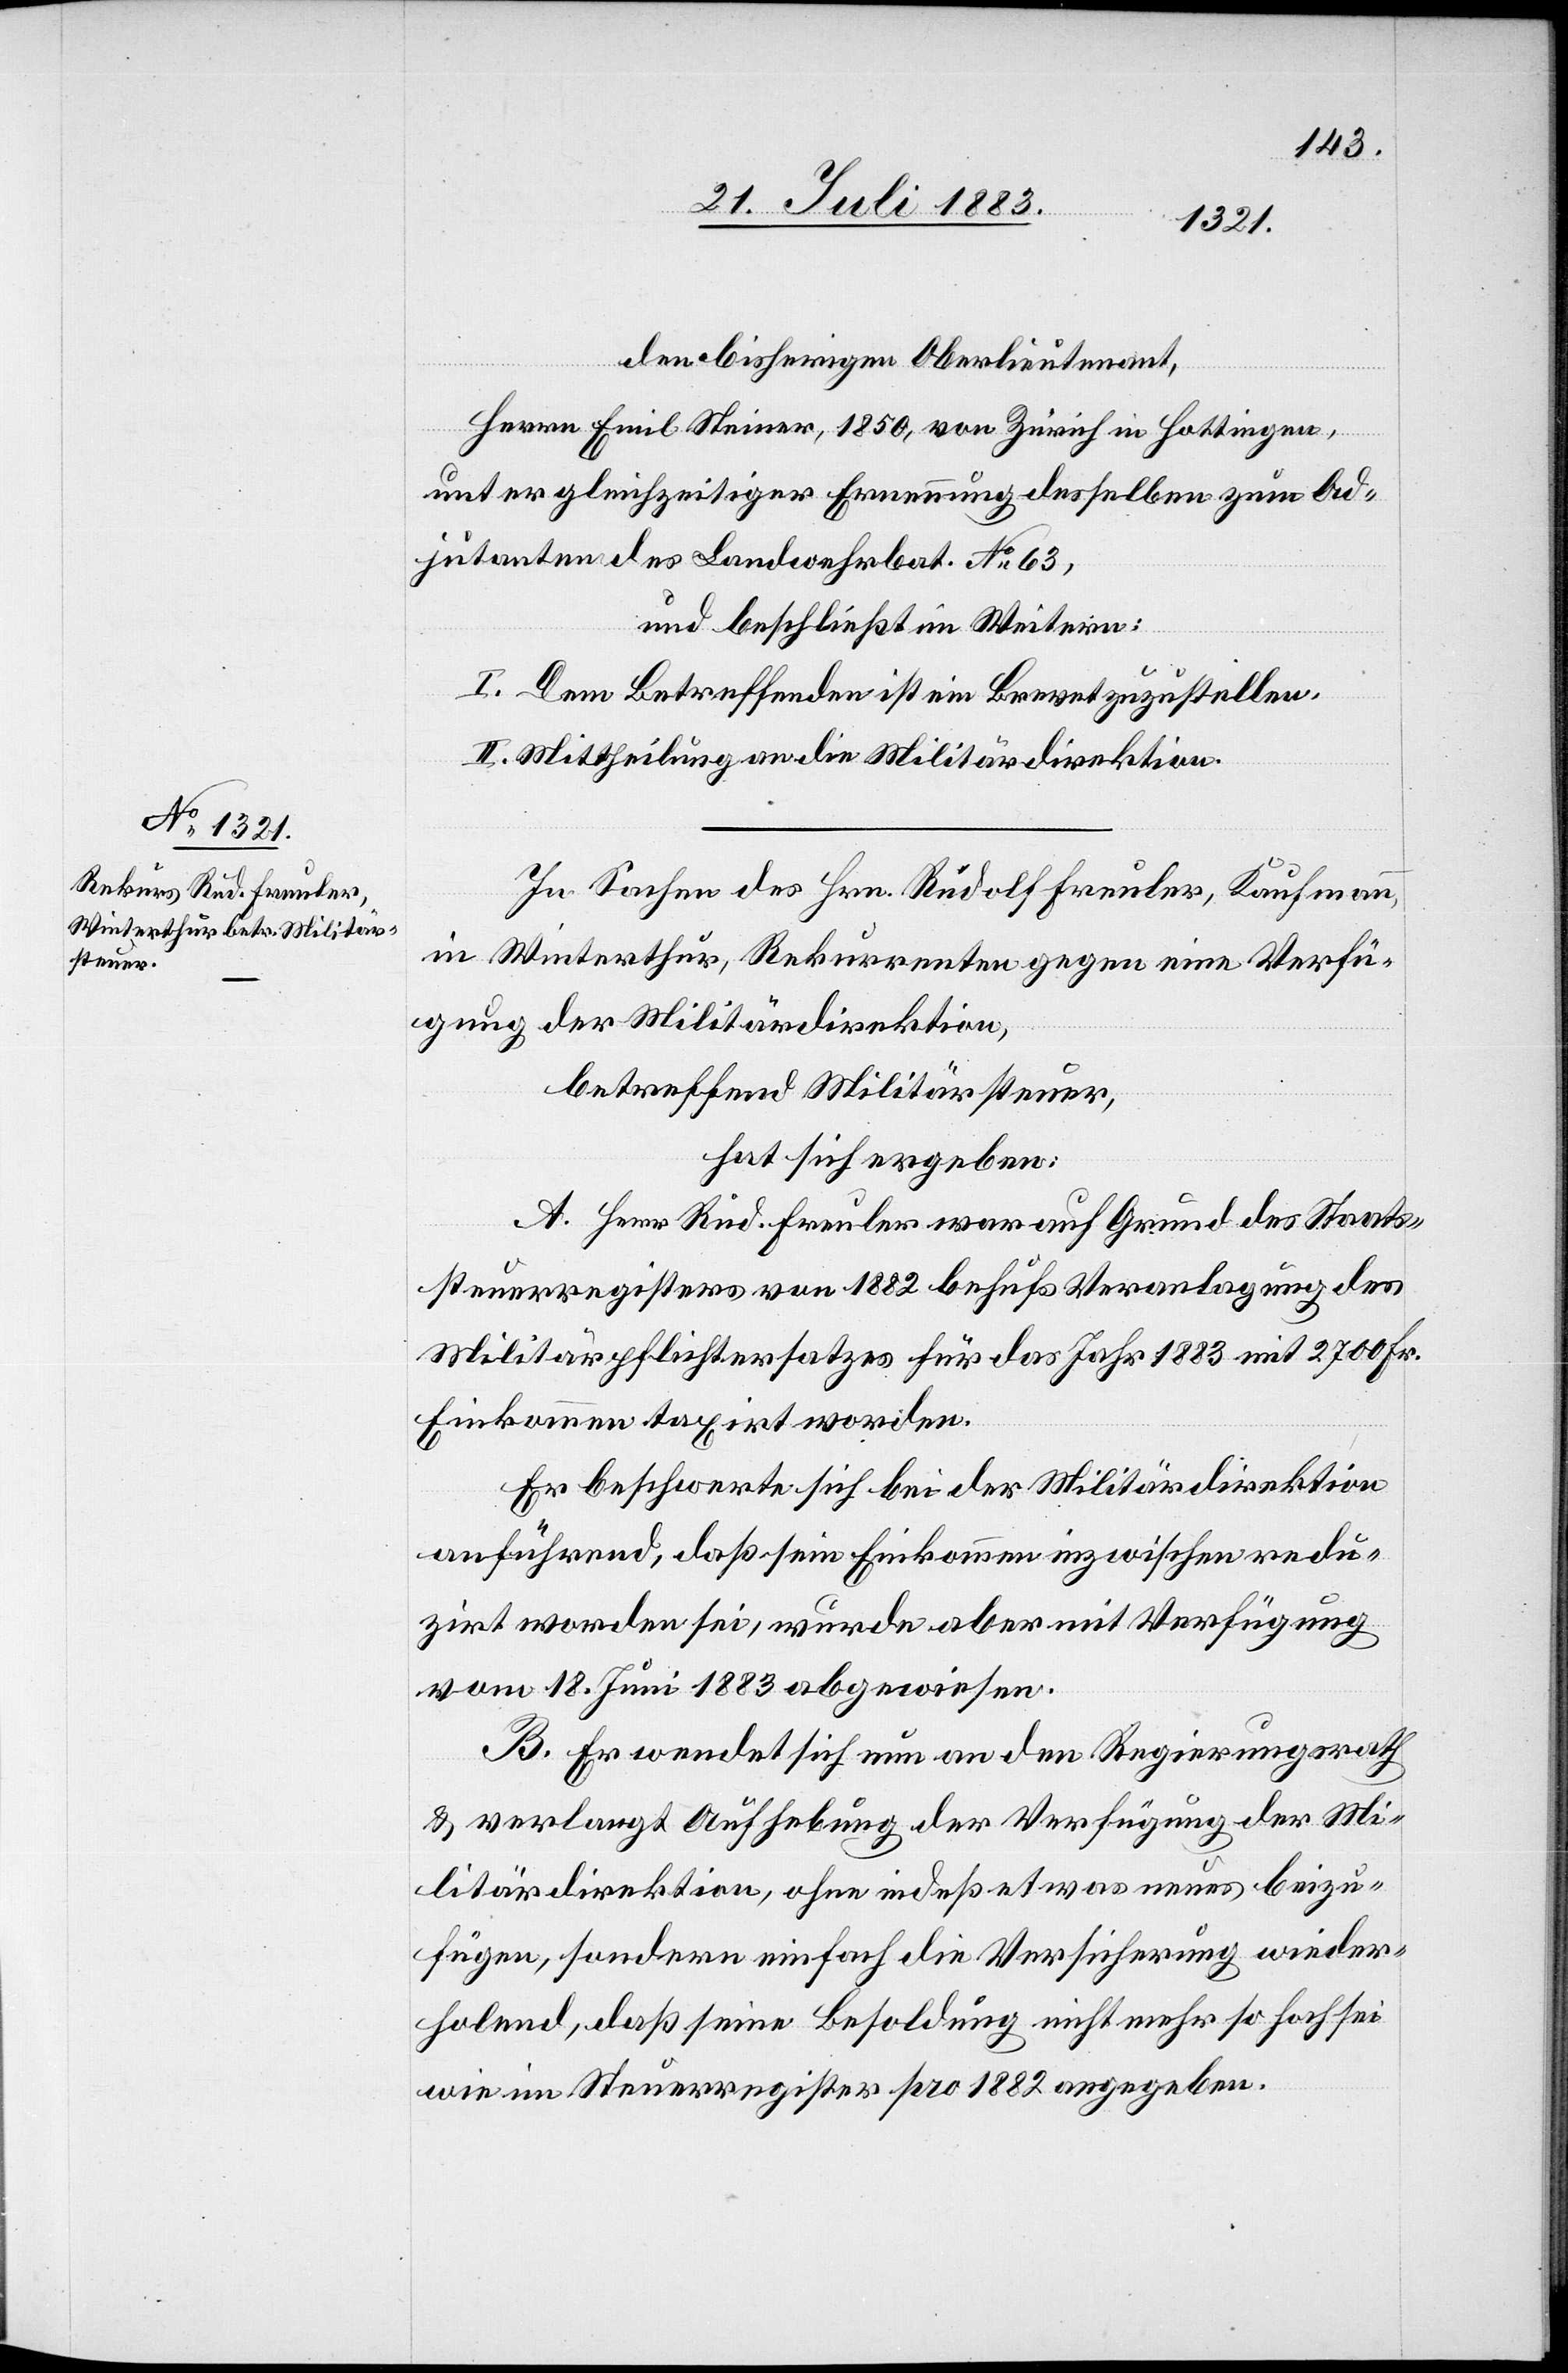
den bisherigen Oberlieutenant,
Herrn Emil Steiner, 1850, von Zürich in Hottingen,
unter gleichzeitiger Ernennung desselben zum Ad¬
jutanten des Landwehrbat. No 63,
und beschließt im Weitern:
I. Dem Betreffenden ist ein Brevet zuzustellen.
II. Mittheilung an die Militärdirektion.
In Sachen des Hrn. Rudolf Freuler, Kaufmann,
in Winterthur, Rekurrenten gegen eine Verfü¬
gung der Militärdirektion,
betreffend Militärsteuer,
hat sich ergeben:
A. Herr Rud. Freuler war auf Grund des Staats¬
steuerregisters von 1882 behufs Veranlagung des
Militärpflichtersatzes für das Jahr 1883 mit 2700 Fr.
Einkommen taxirt worden.
Er beschwerte sich bei der Militärdirektion
anführend, daß sein Einkommen inzwischen redu¬
zirt worden sei, wurde aber mit Verfügung
vom 18. Juni 1883 abgewiesen.
B. Er wendet sich nun an den Regierungsrath
& verlangt Aufhebung der Verfügung der Mi¬
litärdirektion, ohne indeß etwas neues beizu¬
fügen, sondern einfach die Versicherung wieder¬
holend, daß seine Besoldung nicht mehr so hoch sei
wie im Steuerregister pro 1882 angegeben.